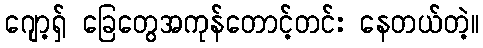
ဂျော့ရှ် ခြေတွေအကုန်တောင့်တင်း နေတယ်တဲ့။